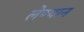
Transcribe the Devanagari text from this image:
लेण्यान